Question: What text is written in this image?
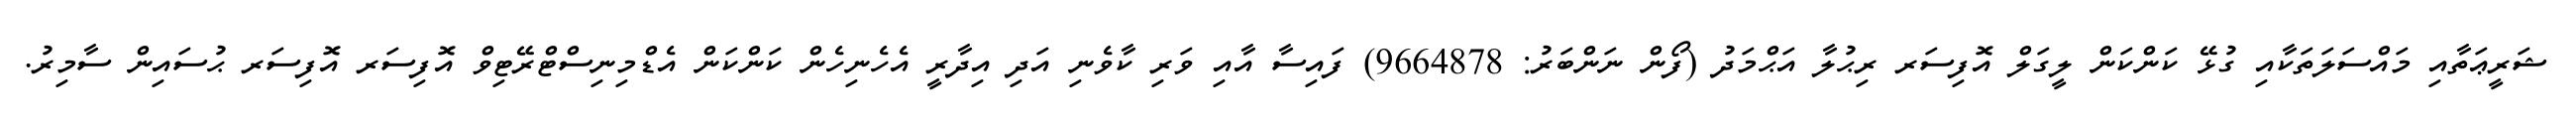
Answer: ޝަރީޢަތާއި މައްސަލަތަކާއި ގުޅޭ ކަންކަން ލީގަލް އޮފިސަރ ރިޙުލާ އަޙްމަދު (ފޯން ނަންބަރު: 9664878) ފައިސާ އާއި ވަރި ކާވެނި އަދި އިދާރީ އެހެނިހެން ކަންކަން އެޑްމިނިސްޓްރޭޓިވް އޮފިސަރ އޮފިސަރ ޙުސައިން ސާމިރު.